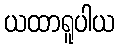
ယထာရူပါယ